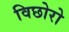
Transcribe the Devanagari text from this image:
विछोरो